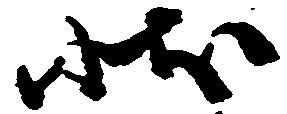
状